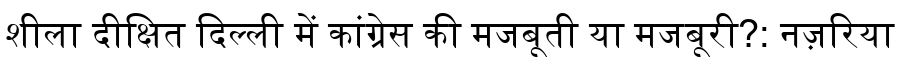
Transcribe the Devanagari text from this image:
शीला दीक्षित दिल्ली में कांग्रेस की मजबूती या मजबूरी?: नज़रिया